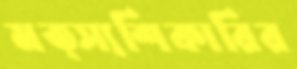
মত্স্যশিকারির